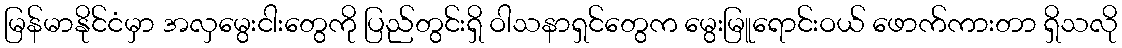
မြန်မာနိုင်ငံမှာ အလှမွေးငါးတွေကို ပြည်တွင်းရှိ ဝါသနာရှင်တွေက မွေးမြူရောင်းဝယ် ဖောက်ကားတာ ရှိသလို